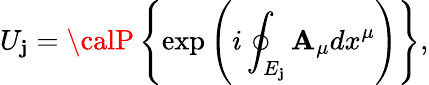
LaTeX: U_{\mathbf{j}}={\calP}\left\{ \exp\left(i\oint_{E_{\mathbf{j}}}{{\mathbf{A}_{\mu}}dx^{\mu}}\right)\right\} ,